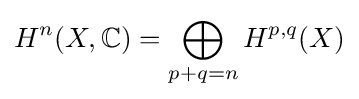
H^{n}(X,\mathbb {C} )=\bigoplus _{p+q=n}H^{p,q}(X)